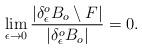
LaTeX: \begin{align*}\lim_{\epsilon\to0}\frac{|\delta^o_\epsilon B_o\setminus F|}{|\delta^o_\epsilon B_o|} = 0.\end{align*}